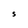
Character: S